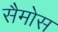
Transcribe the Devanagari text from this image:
सैमोस